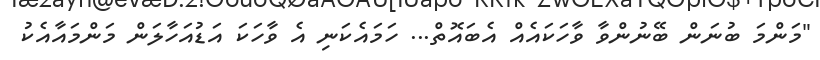
"މަންމަ ބުނަން ބޭނުންވާ ވާހަކައެއް އެބައޮތް... ހަމައެކަނި އެ ވާހަކަ އަޑުއަހާލަން މަންމައާއެކު